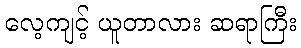
လေ့ကျင့် ယူတာလား ဆရာကြီး